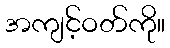
အကျင့်ဝတ်ကို။